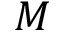
M